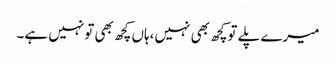
میرے پلے توکچھ بھی نہیں،ہاں کچھ بھی تونہیں ہے۔